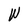
Character: W